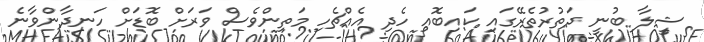
ޝީލާ ބުނީ ދަތުރުތެރޭގައި ކައިބޮއި ހެދި އެއްޗެހި މަތިންވެސް ވަރަށް ބޮޑަށް ހަނދާންވާނެ